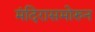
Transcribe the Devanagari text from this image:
मंदिरासमोरुन